Annual vaccination report of Bihar and Orissa - 1911-1928
Year: 1911
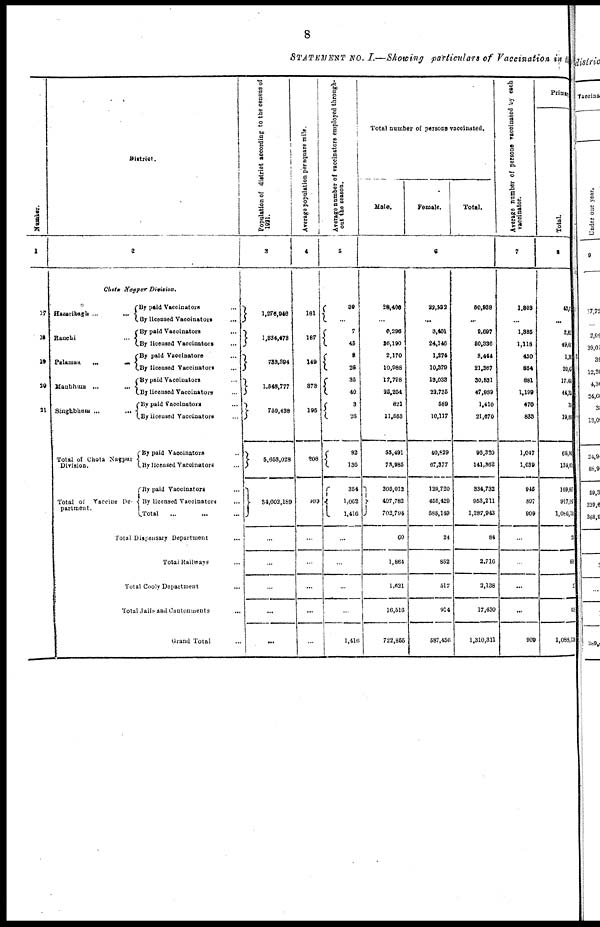
8
STATEMENT No. I.—Showing particulars of Vaccination in the
Number.
1
17
18
19
20
21
District.
2
Chota Nagpur Division.
Hazaribagh
...
...
Ranchi ...
Palamau
...
...
Manbhum
...
...
Singhbhum
...
...
Total of Chota Nagpur
Division.
Total of Vaccine De-
partment.
By paid Vaccinators ...
By licensed Vaccinators ...
By paid Vaccinators ...
By licensed Vaccinators ...
By paid Vaccinators ...
By licensed Vaccinators ...
By paid Vaccinators ...
By licensed Vaccinators ...
By paid Vaccinators ...
By licensed Vaccinators ...
By paid Vaccinators ...
By licensed Vaccinators ...
By paid Vaccinators ...
By licensed Vaccinators ...
Total ... ...
Total Dispesary Department ...
Total Railways ...
Total Cooly Department ...
Total Jails and Cantonments ...
Grand Total ...
Population of district according to the census of
1921.
3
1,276,946
1,834,473
733,394
1,548,777
759,438
5,653,028
34,002,189
...
...
...
...
...
Average population per square mile.
4
181
187
149
878
195
208
109
...
...
...
...
...
Average number of vaccinators employed through-
out the season.
5
39
...
7
45
3
26
35
40
3
26
92
136
354
1,062
1,416
...
...
...
...
1,416
Total number of persons vaccinated.
Male.
Female.
Total.
6
28,400
...
6,296
26,190
2,170
10,988
17,798
35,254
821
11,553
55,491
73,985
205,012
497,782
702,794
60
1,864
1,621
16,516
722,855
22,522
...
3,401
24,146
1,274
10,379
13,033
22,735
589
10,117
40,829
67,377
129,720
455,429
585,140
24
852
517
914
587,456
50,938
...
9,697
50,336
3,444
21,367
30,831
47,989
1,410
21,670
96,320
141,362
334,732
953,211
1,287,943
84
2,716
2,138
17,430
1,310,311
Average number of persons vaccinated by each
vaccinator.
7
1,803
...
1,885
1,118
430
854
881
1,199
470
838
1,047
1,039
945
897
909
...
...
...
...
909
Primary.
Total.
8
43,0
...
2,00
49,00
1,30
20,6
17.48
44,3
72
19,0
65,10
134,00
169,60
917,68
1,086,30
9
80
2
5
1,088,114